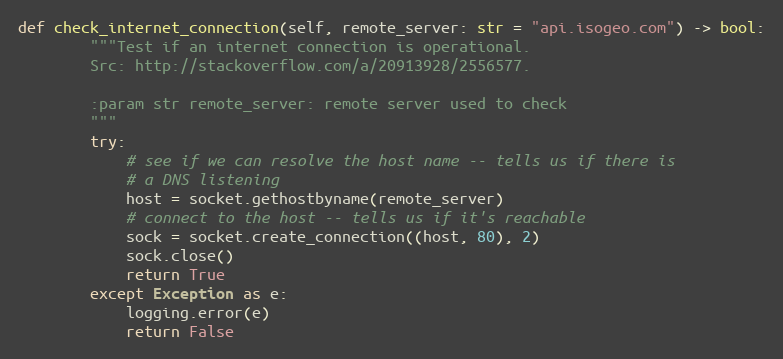
Language: Python
def check_internet_connection(self, remote_server: str = "api.isogeo.com") -> bool:
        """Test if an internet connection is operational.
        Src: http://stackoverflow.com/a/20913928/2556577.

        :param str remote_server: remote server used to check
        """
        try:
            # see if we can resolve the host name -- tells us if there is
            # a DNS listening
            host = socket.gethostbyname(remote_server)
            # connect to the host -- tells us if it's reachable
            sock = socket.create_connection((host, 80), 2)
            sock.close()
            return True
        except Exception as e:
            logging.error(e)
            return False